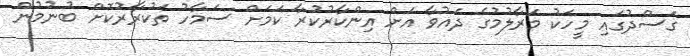
ގަސްދުގައި މީހަކު މަރާލުމުގެ ދައުވާ އަށް އިންކާރުކުރާ ކަމަށް ސަމާހު ތަކުރާރުކޮށް ބުނުމުން